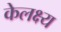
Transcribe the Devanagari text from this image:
केलक्ष्य